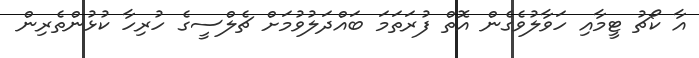
އާ ކޯޗު ޓީމާއި ހަވާލުވެގެން އޮތް ފުރަތަމަ ބައްދަލުވުމަށް ޗެލްސީގެ ހުރިހާ ކުޅުންތެރިން